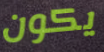
يكون